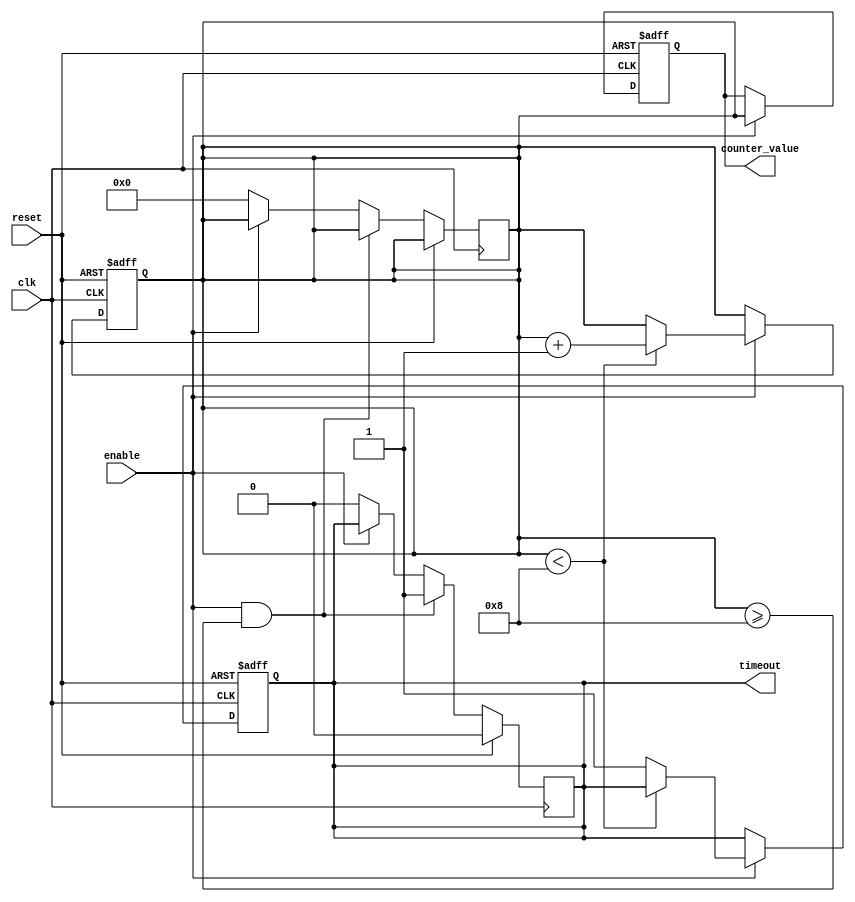
module MemoryBlocksTimeoutCounter #(
    parameter N = 8,                // Number of bits for the counter
    parameter TIMEOUT_THRESHOLD = 8 // Time-out threshold value
)(
    input wire clk,                 // Clock signal
    input wire reset,               // Asynchronous reset signal
    input wire enable,              // Enable signal to start counting
    output reg timeout,             // Time-out signal
    output reg [N-1:0] counter_value // Current counter value (for debugging)
);

    // Internal counter
    reg [N-1:0] counter;

    // Always block for counter and timeout logic
    always @(posedge clk or posedge reset) begin
        if (reset) begin
            counter <= 0;            // Reset counter to zero
            timeout <= 0;            // Deassert timeout
            counter_value <= 0;       // Reset counter value
        end else if (enable) begin
            if (counter < TIMEOUT_THRESHOLD) begin
                counter <= counter + 1; // Increment counter
            end else begin
                timeout <= 1;           // Assert timeout when threshold is reached
            end
            counter_value <= counter;    // Update counter value for debugging
        end
    end

    // Always block to handle timeout deassertion
    always @(posedge clk) begin
        if (reset) begin
            timeout <= 0;               // Deassert timeout on reset
        end else if (enable && counter >= TIMEOUT_THRESHOLD) begin
            // Timeout remains asserted until reset
            timeout <= 1;               // Keep timeout asserted
        end else if (!enable) begin
            // If enable is low, reset counter and timeout
            counter <= 0;               // Reset counter
            timeout <= 0;               // Deassert timeout
        end
    end

endmodule